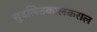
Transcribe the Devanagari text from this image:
सुदलितकालकराल